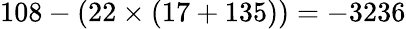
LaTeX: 108-(22\times(17+135))=-3236